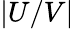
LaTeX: |U/V|